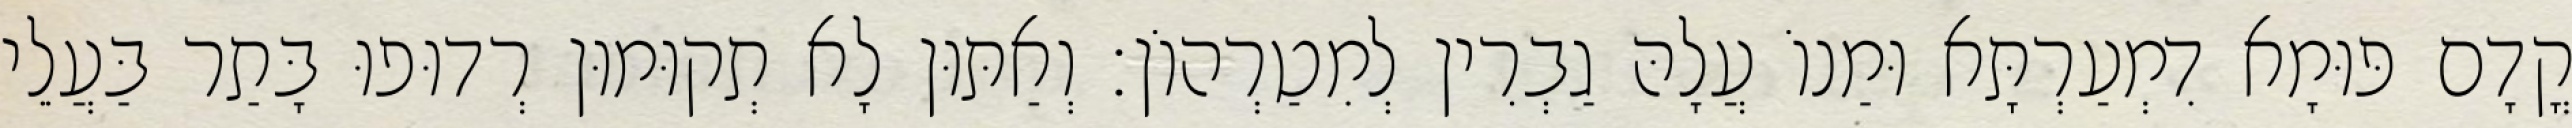
קֳדָם פּוּמָא דִמְעַרְתָּא וּמַנוֹ עֲלָהּ גַבְרִין לְמִטַרְהוֹן׃ וְאַתּוּן לָא תְקוּמוּן רְדוּפוּ בָּתַר בַּעֲלֵי